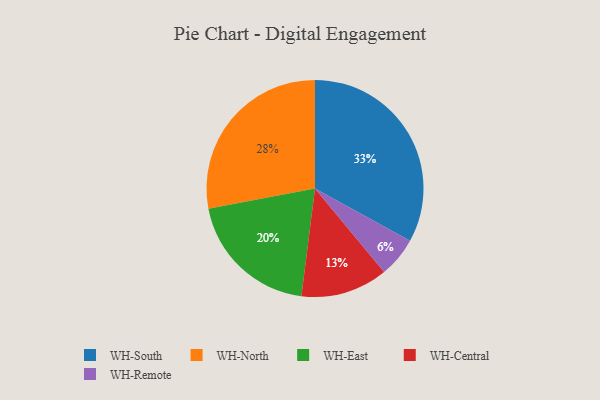
{"axis": {"x": "Category", "y": "Percentage"}, "legend": ["WH-Central", "WH-East", "WH-North", "WH-Remote", "WH-South"], "data": [{"x": "WH-East", "y": 20, "type": "WH-East"}, {"x": "WH-Remote", "y": 6, "type": "WH-Remote"}, {"x": "WH-Central", "y": 13, "type": "WH-Central"}, {"x": "WH-North", "y": 28, "type": "WH-North"}, {"x": "WH-South", "y": 33, "type": "WH-South"}]}